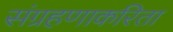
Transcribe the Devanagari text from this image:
संग्रहणाकरिता